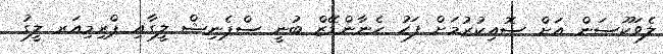
ލެވަކޫސަން އަށް ސޮއިކުރުމަށް ފަހު ހެނާންޑޭޒް ބުނީ ސްޕެނިޝް ލީގާއި ޕްރިމިއަރ ލީގު